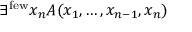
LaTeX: \exists ^ { \mathrm { f e w } } x _ { n } A ( x _ { 1 } , \ldots , x _ { n - 1 } , x _ { n } )